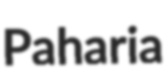
Paharia